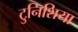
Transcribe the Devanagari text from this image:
टुनिशिया